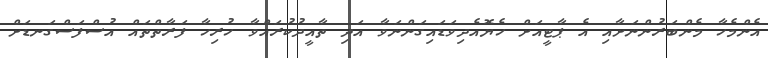
އެންމެހާ މެންބަރުންނަށާއި އެ ޕާޓީއަށް ހެޔޮއެދިވަޑައިގަންނަވާ އަދި ތާއީދުކުރައްވާ ހުރިހާ ފަރާތްތައް އުސްފަސްގަނޑަށް